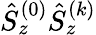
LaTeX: \hat{S}_{z}^{(0)}\hat{S}_{z}^{(k)}